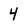
Character: 4